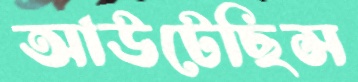
আউটেছিস